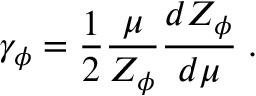
\gamma _ { \phi } = \frac { 1 } { 2 } \frac { \mu } { Z _ { \phi } } \frac { d Z _ { \phi } } { d \mu } \; .